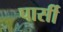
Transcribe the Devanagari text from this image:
पार्सी